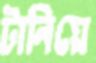
টানিয়ে